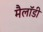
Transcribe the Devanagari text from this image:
मैलॉडी